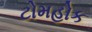
ટોમહોક